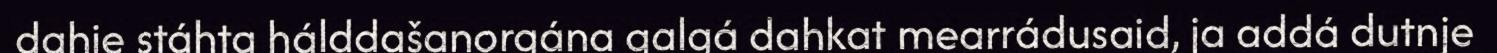
dahje stáhta hálddašanorgána galgá dahkat mearrádusaid, ja addá dutnje